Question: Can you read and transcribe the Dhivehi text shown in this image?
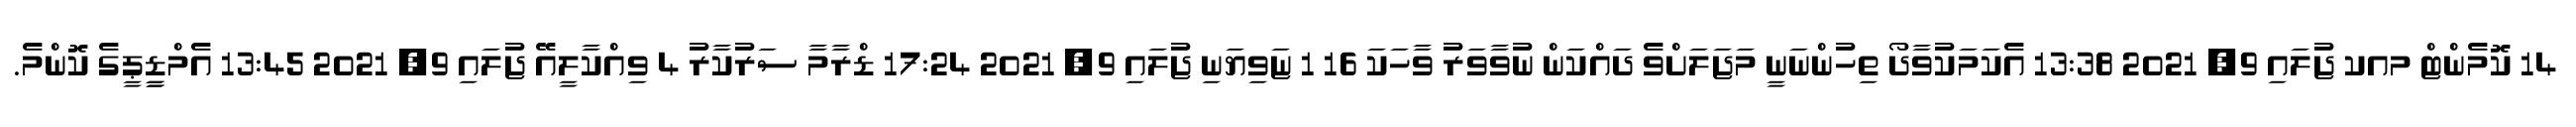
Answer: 14 ކޮމެންޓް މއކ ޖުލައި 9, 2021 13:38 އެކަމަކުވާދޯ ތިހުންނަނީ މަޖަލަށްވެ ދައްކަން ނުވާވަރު ވާހަކަ 16 1 ޏަވިޔަނި ޖުލައި 9, 2021 17:24 ޑްރާމާ ސަރުކާރު 4 ވިއްކާލީއޭ ޖުލައި 9, 2021 13:45 އެމްޑީީޕީގެ ކޮންމެ.